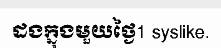
ដងក្នុងមួយថ្ងៃ1 syslike.